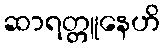
ဆာရတ္တူနေဟိ